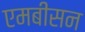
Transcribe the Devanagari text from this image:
एमबीसन